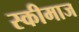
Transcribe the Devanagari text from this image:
स्कीमाज